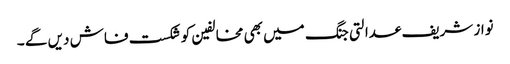
نواز شریف عدالتی جنگ میں بھی مخالفین کو شکست فاش دیں گے ۔